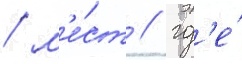
/ м'е́ст / гд'е́